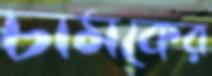
চামকের